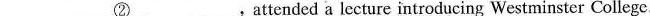
\underline{②},attended a lecture introducing Westminster College.